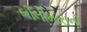
બીલીમોરાનો